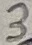
Text: 3